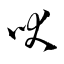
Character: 吠